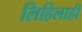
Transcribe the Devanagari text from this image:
लिहिलाही